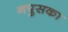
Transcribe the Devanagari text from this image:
नपुसका